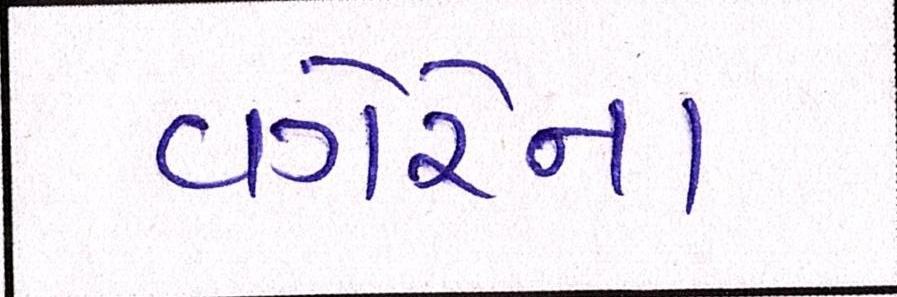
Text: વગેરેના